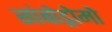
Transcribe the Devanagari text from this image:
सांबोड्रोमो